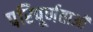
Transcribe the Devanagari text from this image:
परिपूर्णताओं